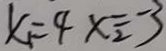
x _ { 1 } = 4 x _ { 2 } = - 3